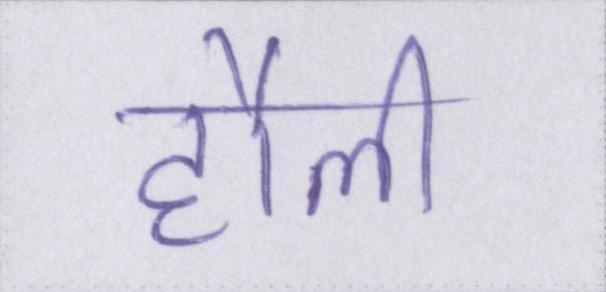
हौली